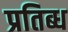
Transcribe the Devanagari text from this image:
प्रतिब्ध